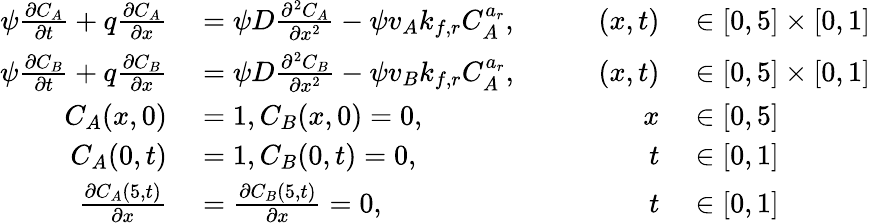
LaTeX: \begin{array}{rlrl}{\psi\frac{\partial C_{A}}{\partial t}+q\frac{\partial C_{A}}{\partial x}}&{{}=\psi D\frac{\partial^{2}C_{A}}{\partial x^{2}}-\psi v_{A}k_{f,r}C_{A}^{a_{r}},\qquad}&{(x,t)}&{{}\in[0,5]\times[0,1]}\\ {\psi\frac{\partial C_{B}}{\partial t}+q\frac{\partial C_{B}}{\partial x}}&{{}=\psi D\frac{\partial^{2}C_{B}}{\partial x^{2}}-\psi v_{B}k_{f,r}C_{A}^{a_{r}},\qquad}&{(x,t)}&{{}\in[0,5]\times[0,1]}\\ {C_{A}(x,0)}&{{}=1,C_{B}(x,0)=0,}&{x}&{{}\in[0,5]}\\ {C_{A}(0,t)}&{{}=1,C_{B}(0,t)=0,}&{t}&{{}\in[0,1]}\\ {\frac{\partial C_{A}(5,t)}{\partial x}}&{{}=\frac{\partial C_{B}(5,t)}{\partial x}=0,}&{t}&{{}\in[0,1]}\end{array}